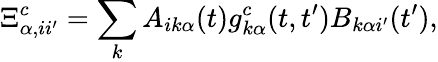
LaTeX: \Xi_{\alpha,ii^{\prime}}^{c}=\sum_{k}A_{ik\alpha}(t)g_{k\alpha}^{c}(t,t^{\prime})B_{k\alpha i^{\prime}}(t^{\prime}),